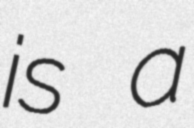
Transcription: is a